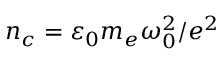
n _ { c } = \varepsilon _ { 0 } m _ { e } \omega _ { 0 } ^ { 2 } / e ^ { 2 }